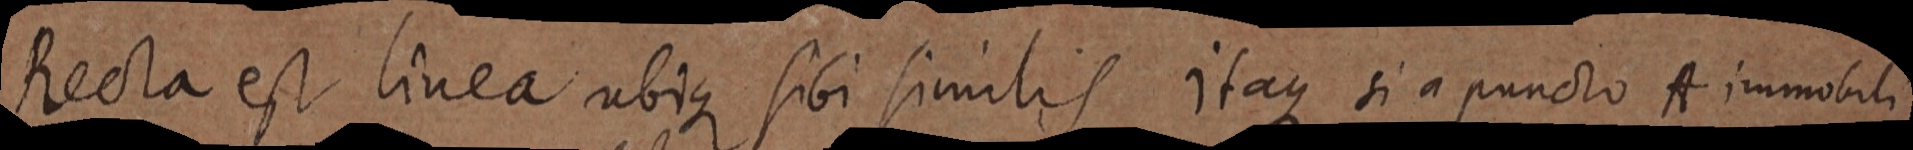
Recta est linea ubique sibi similis itaque si a puncto A immobili